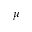
\mu